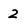
Character: 2